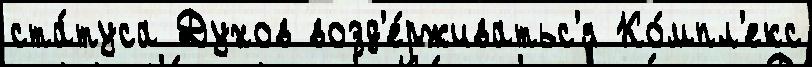
ста́туса Духов возд'е́рживатьс'я Ко́мпл'екс